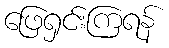
ဖြေရှင်းကြရန်